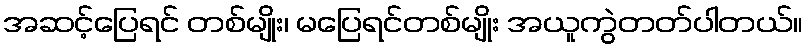
အဆင့်ပြေရင် တစ်မျိုး၊ မပြေရင်တစ်မျိုး အယူကွဲတတ်ပါတယ်။